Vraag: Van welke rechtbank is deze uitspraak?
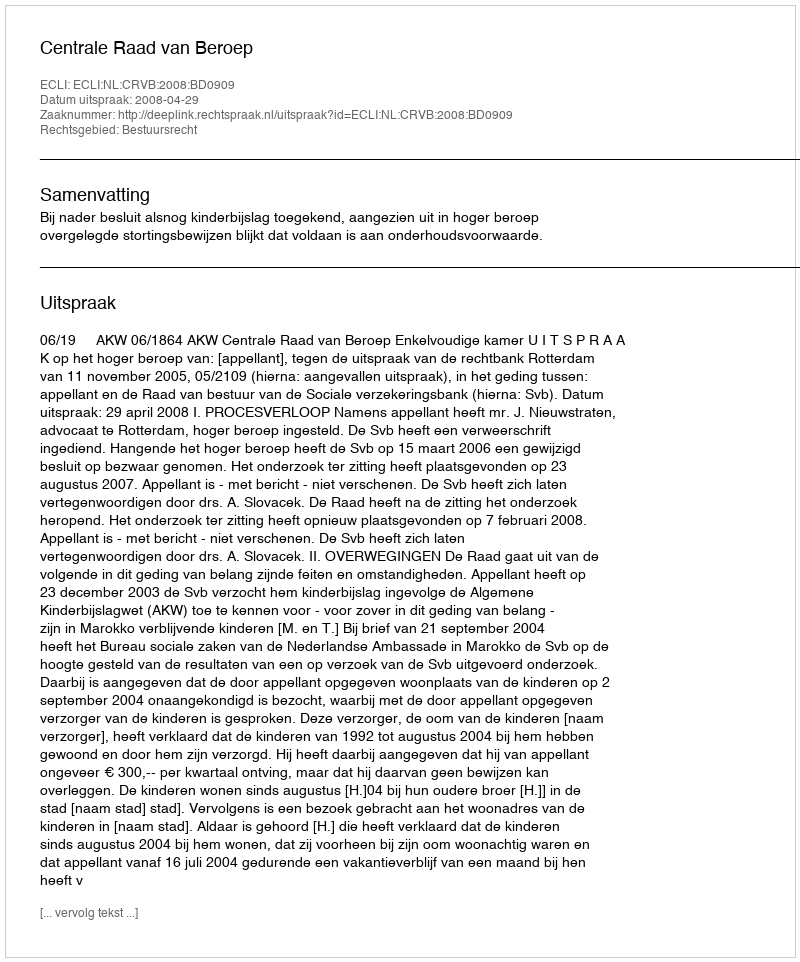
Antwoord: Centrale Raad van Beroep